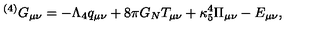
{ } ^ { ( 4 ) } G _ { \mu \nu } = - \Lambda _ { 4 } q _ { \mu \nu } + 8 \pi G _ { N } T _ { \mu \nu } + \kappa _ { 5 } ^ { 4 } \Pi _ { \mu \nu } - E _ { \mu \nu } ,